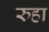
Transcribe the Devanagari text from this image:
रुहा